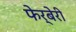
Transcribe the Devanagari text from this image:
फेर्बेरी